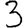
Digit: 3